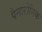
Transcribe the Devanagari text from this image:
पैनारोमिक